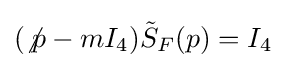
(\not p-mI_{4}){\tilde {S}}_{F}(p)=I_{4}